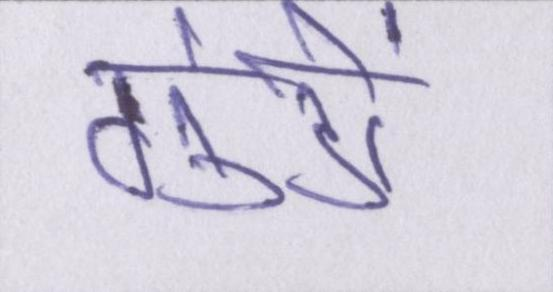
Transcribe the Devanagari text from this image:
गुंडों